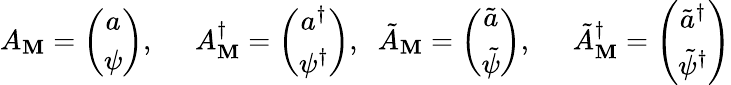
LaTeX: A_{\mathbf{M}}=\left(\begin{array}{c}{{a}}\\ {{\psi}}\end{array}\right),\; \; \; \; \; A_{\mathbf{M}}^{\dagger}=\left(\begin{array}{c}{{a^{\dagger}}}\\ {{\psi^{\dagger}}}\end{array}\right),\; \; \tilde{{A}}_{\mathbf{M}}=\left(\begin{array}{c}{{\tilde{a}}}\\ {{\tilde{\psi}}}\end{array}\right),\; \; \; \; \; \tilde{{A}}_{\mathbf{M}}^{\dagger}=\left(\begin{array}{c}{{\tilde{a}^{\dagger}}}\\ {{\tilde{\psi}^{\dagger}}}\end{array}\right)